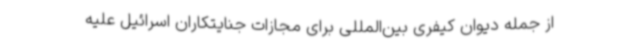
از جمله دیوان کیفری بین‌المللی برای مجازات جنایتکاران اسرائیل علیه